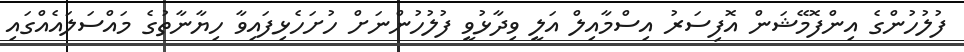
ފުލުހުންގެ އިންފޮމޭޝަން އޮފިސަރު އިސްމާއިލް އަލީ ވިދާޅުވީ ފުލުހުންނަށް ހުށަހެޅިފައިވާ ހިޔާނާތުގެ މައްސަލައެއްގައި